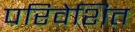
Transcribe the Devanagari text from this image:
परिवेशित